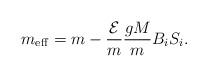
LaTeX: \begin{align*}m_{{\rm eff}}=m-\frac{{\cal E}}{m}\frac{gM}{m} B_iS_i.\end{align*}